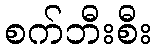
စက်ဘီးစီး